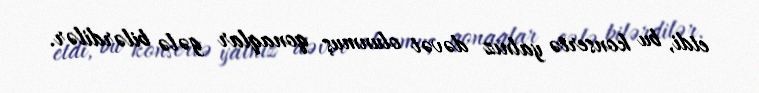
etdi, bu konsertə yalnız dəvət olunmuş qonaqlar gələ bilərdilər.